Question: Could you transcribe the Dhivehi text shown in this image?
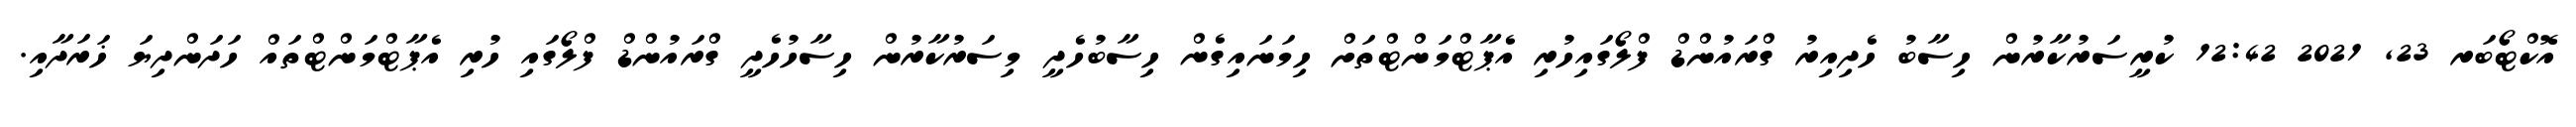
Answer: އޮކްޓޯބަރ 23, 2021 12:42 ކުރީސަރުކާރުން ހިސާބު ހެދިއިރު ގްރައުންޑް ފްލޯގައިހުރި އެޕާޓްމަންޓްތަށް ހިމަނައިގެން ހިސާބުހެދީ މިސަރުކާރުން ހިސާހުހެދީ ގްރައުންޑް ފްލޯގައި ހުރި އެޕާޓްމަންޓްތައް ހަދަންދިޔަ ޚަރަދާއި.